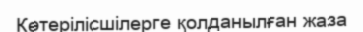
Көтерілісшілерге қолданылған жаза